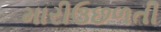
મારીઉછળતી